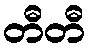
တီတီ